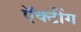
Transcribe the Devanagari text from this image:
ऍक्टींग